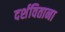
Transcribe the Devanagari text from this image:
दर्शविताना